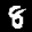
Label: 8